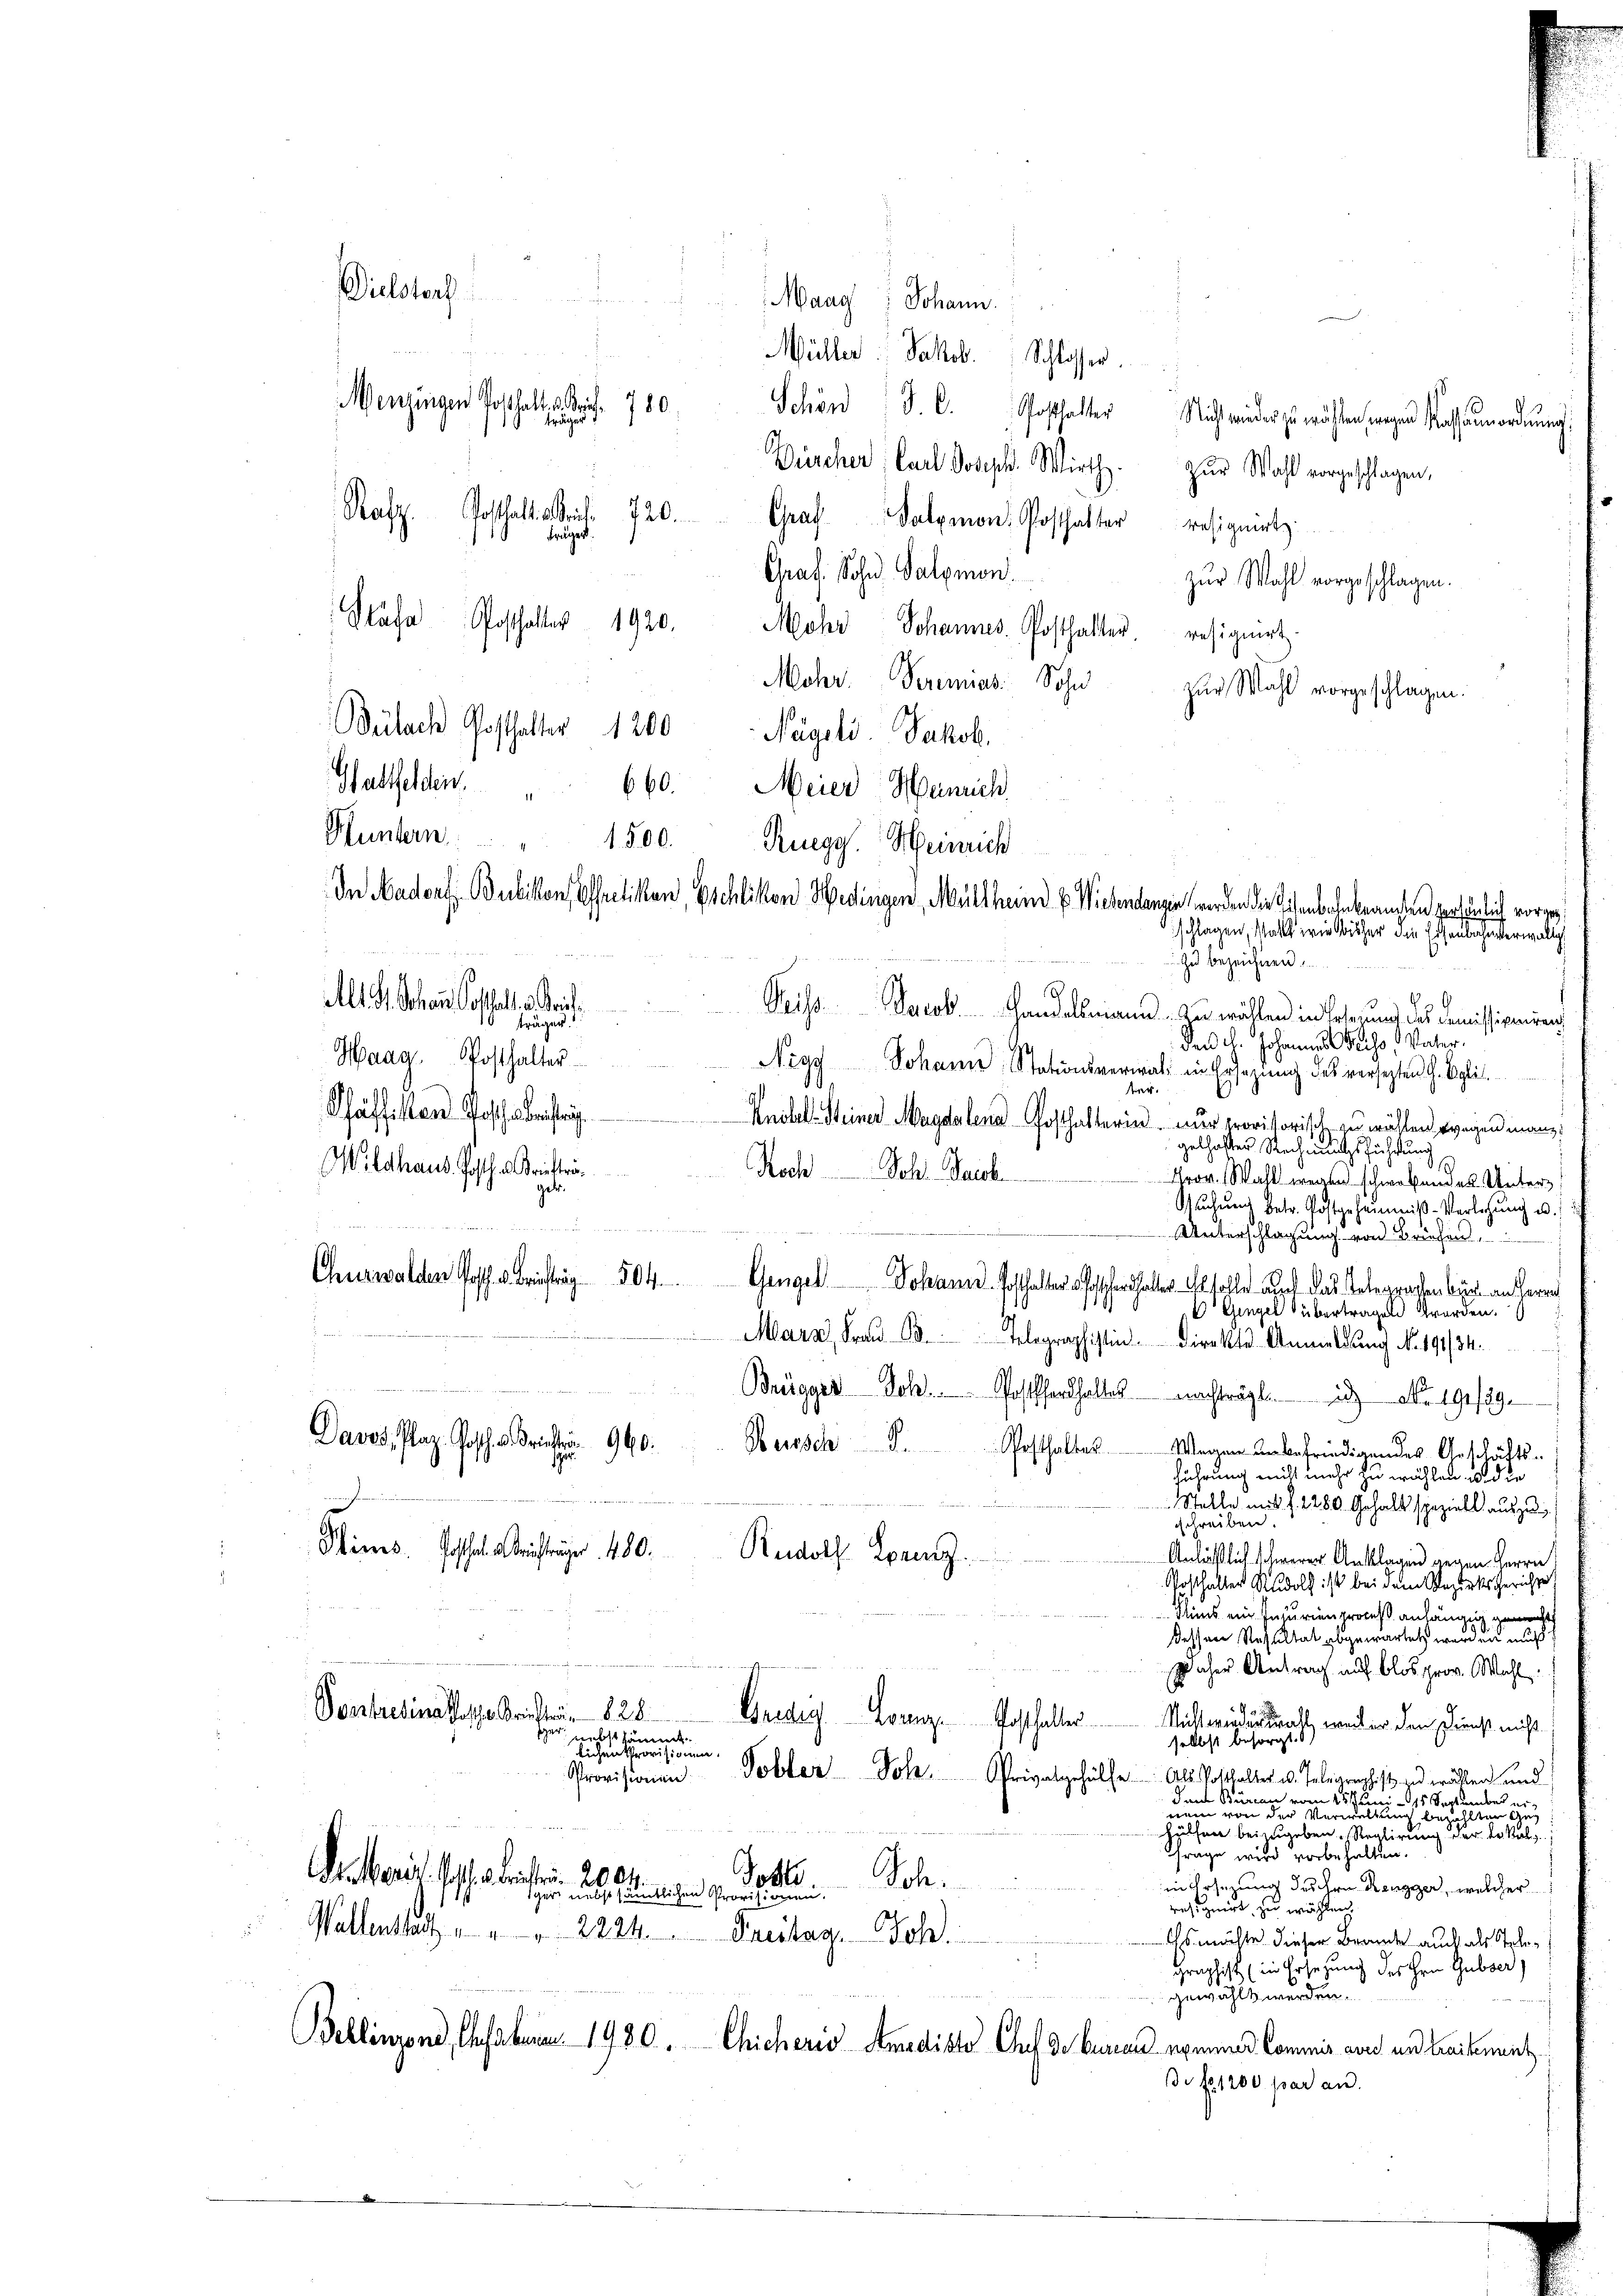
Rafz. Posthalteri. 720. Graf Salomon Posthalter resigniert
träger.
Graf. Sohn Salomon
Stäfa Posthalter 1920.
Mohr Johannes Posthalter. resignirt.
Mohr Seremias Sohn
zur Wahl vorgeschlagen.
Bülach Posthalter 1200
Nägeli. Jakob.
Wattfelden. " 660. Meier Hannich
Ptuntern
1500.
Ruegg. Heinrich
In Aadorf, Bubikon Effretikon, Eschlikon Hedingen, Müllheim u. Wiesendangen worden die Eisenbahnbeanten persönlich vorge¬
Zu bezeichnen.
Alt St. Johann Gotthal. v. Krie
Veiss. Jacob Handelsmann zu wählen in Ertei und des Comissioniren
Sie fräger.
den H. Johannes Weiss, Vater¬
Haag. Posthalter
Nizy. Johann Stationsverwalt in Ersatzŭng des versetzten G. Egli.
e
Saffillen Poschen leistra
Knibel-Steiner Magdalena Posthalterin nur provisorisch zu wählen wegen man
gelhafter Rechnungsführung
Wlathaus Geschrifte
Roch Joh. Gaisb
Krov. Wahl wegen schwebendes Unter
geb.
Sachen betr. Postgeheimniβ-Verlegŭng u.
Unterschlagung von Briefen,
Churwalden Gesch. 3. Beitrag 504
Gengel. Johann Posthalter hohen halter solle auch das Telegrafen bin an Herrn
6 Eingel übertragen worden.
Marn, Fraŭ B. Telegraphistin Direkte Anmeldung No. 191/34.
Brügger Sch. Posterthaltes nachträgt. No. 191/29.
Davos, Plaz Gosche Bericht 940.
Bertsch Posthalter
Wegen unbefriedigendes Anschäftsführung nicht mehr zu wählen, wo die
 Stelle mit f. 2280 Gehalt speziell auszuschreiben.
Sins. Gotthal richträger. 480.
Rudolf Lanz.
Anläßlich schwerer Anklagen gegen Herrn
Posthalter Rudolf ist bei dem Bezirksgerichte
Slins ein Incurienproceß anhängig gemacht
dessen Resultat abgewartet werden
Daher Antrag auf blos prov. Wahl
G
Sonstrelinastasche Kriester.  828.
Gnedig Franz. Posthalter
Nicht wiederwalt, weil er den Dienst nicht
sher nebst sämmt
selbst besorgt
lichen Provisionen.
Tobler Joh. Privatgehülfe. Als Potthalter u. Telegraphis zu wählen und
Provisionen.
Jans Büreau vom 25 Juni 15 September er
nem von der Verwaltung bezahltenen
Hülfen beizugeben, Reglirung der Lokal
Thräge wird vorbehalten
Den Maris. Ist es berichter 200
Totti
Joh.
in Ersezung des hrn. Rengger, welcher
Hier nebst sämmtlichen Provisionen.
resignirt zu wählen,
Wallenthalt " " " 2224. Freitag. Joh.
Es möchte. Dieser Brande auch als Solo¬
Graphist (in Ersezung des Hrn. Gubser)
gewählt werden.
h
Bellinzond, Inhaben. 1480. Chicheris Amedikte Auf d. Bureau ermund Commis auch und Beikament
B: No 1200 par an.

Dielstorf
Menzingen Posthalt
780

Maag Johann.
Müller Jakob. Schlosser.

Bürcher, Carl Joseph. Wirth. zur Wahl vorgeschlagen,

Schön J. C. Posthalter Nicht wieder zu wählen wegen Kassanordnung
zur Wahl vorgeschlagen.

schlagen, statt wie bisher die Eisenbachensterwaltgs